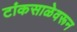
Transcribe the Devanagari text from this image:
टांकसाळेवरून